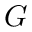
G